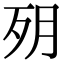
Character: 㱚